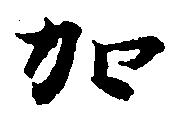
加